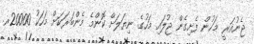
ޖެނުއަރީ މަހުން ފެށިގެން ޖުލައި މަހުގެ ނިޔަލަށް ކޮންމެ މެންބަރަކަށް މަހަކު 20000ރ.